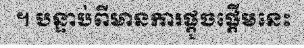
។ បន្ទាប់ពីមានការផ្តួចផ្តើមនេះ